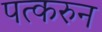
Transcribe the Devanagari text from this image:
पत्‍करुन